Eesti_Vabariigi_Tartu_Ulikool, lk 279
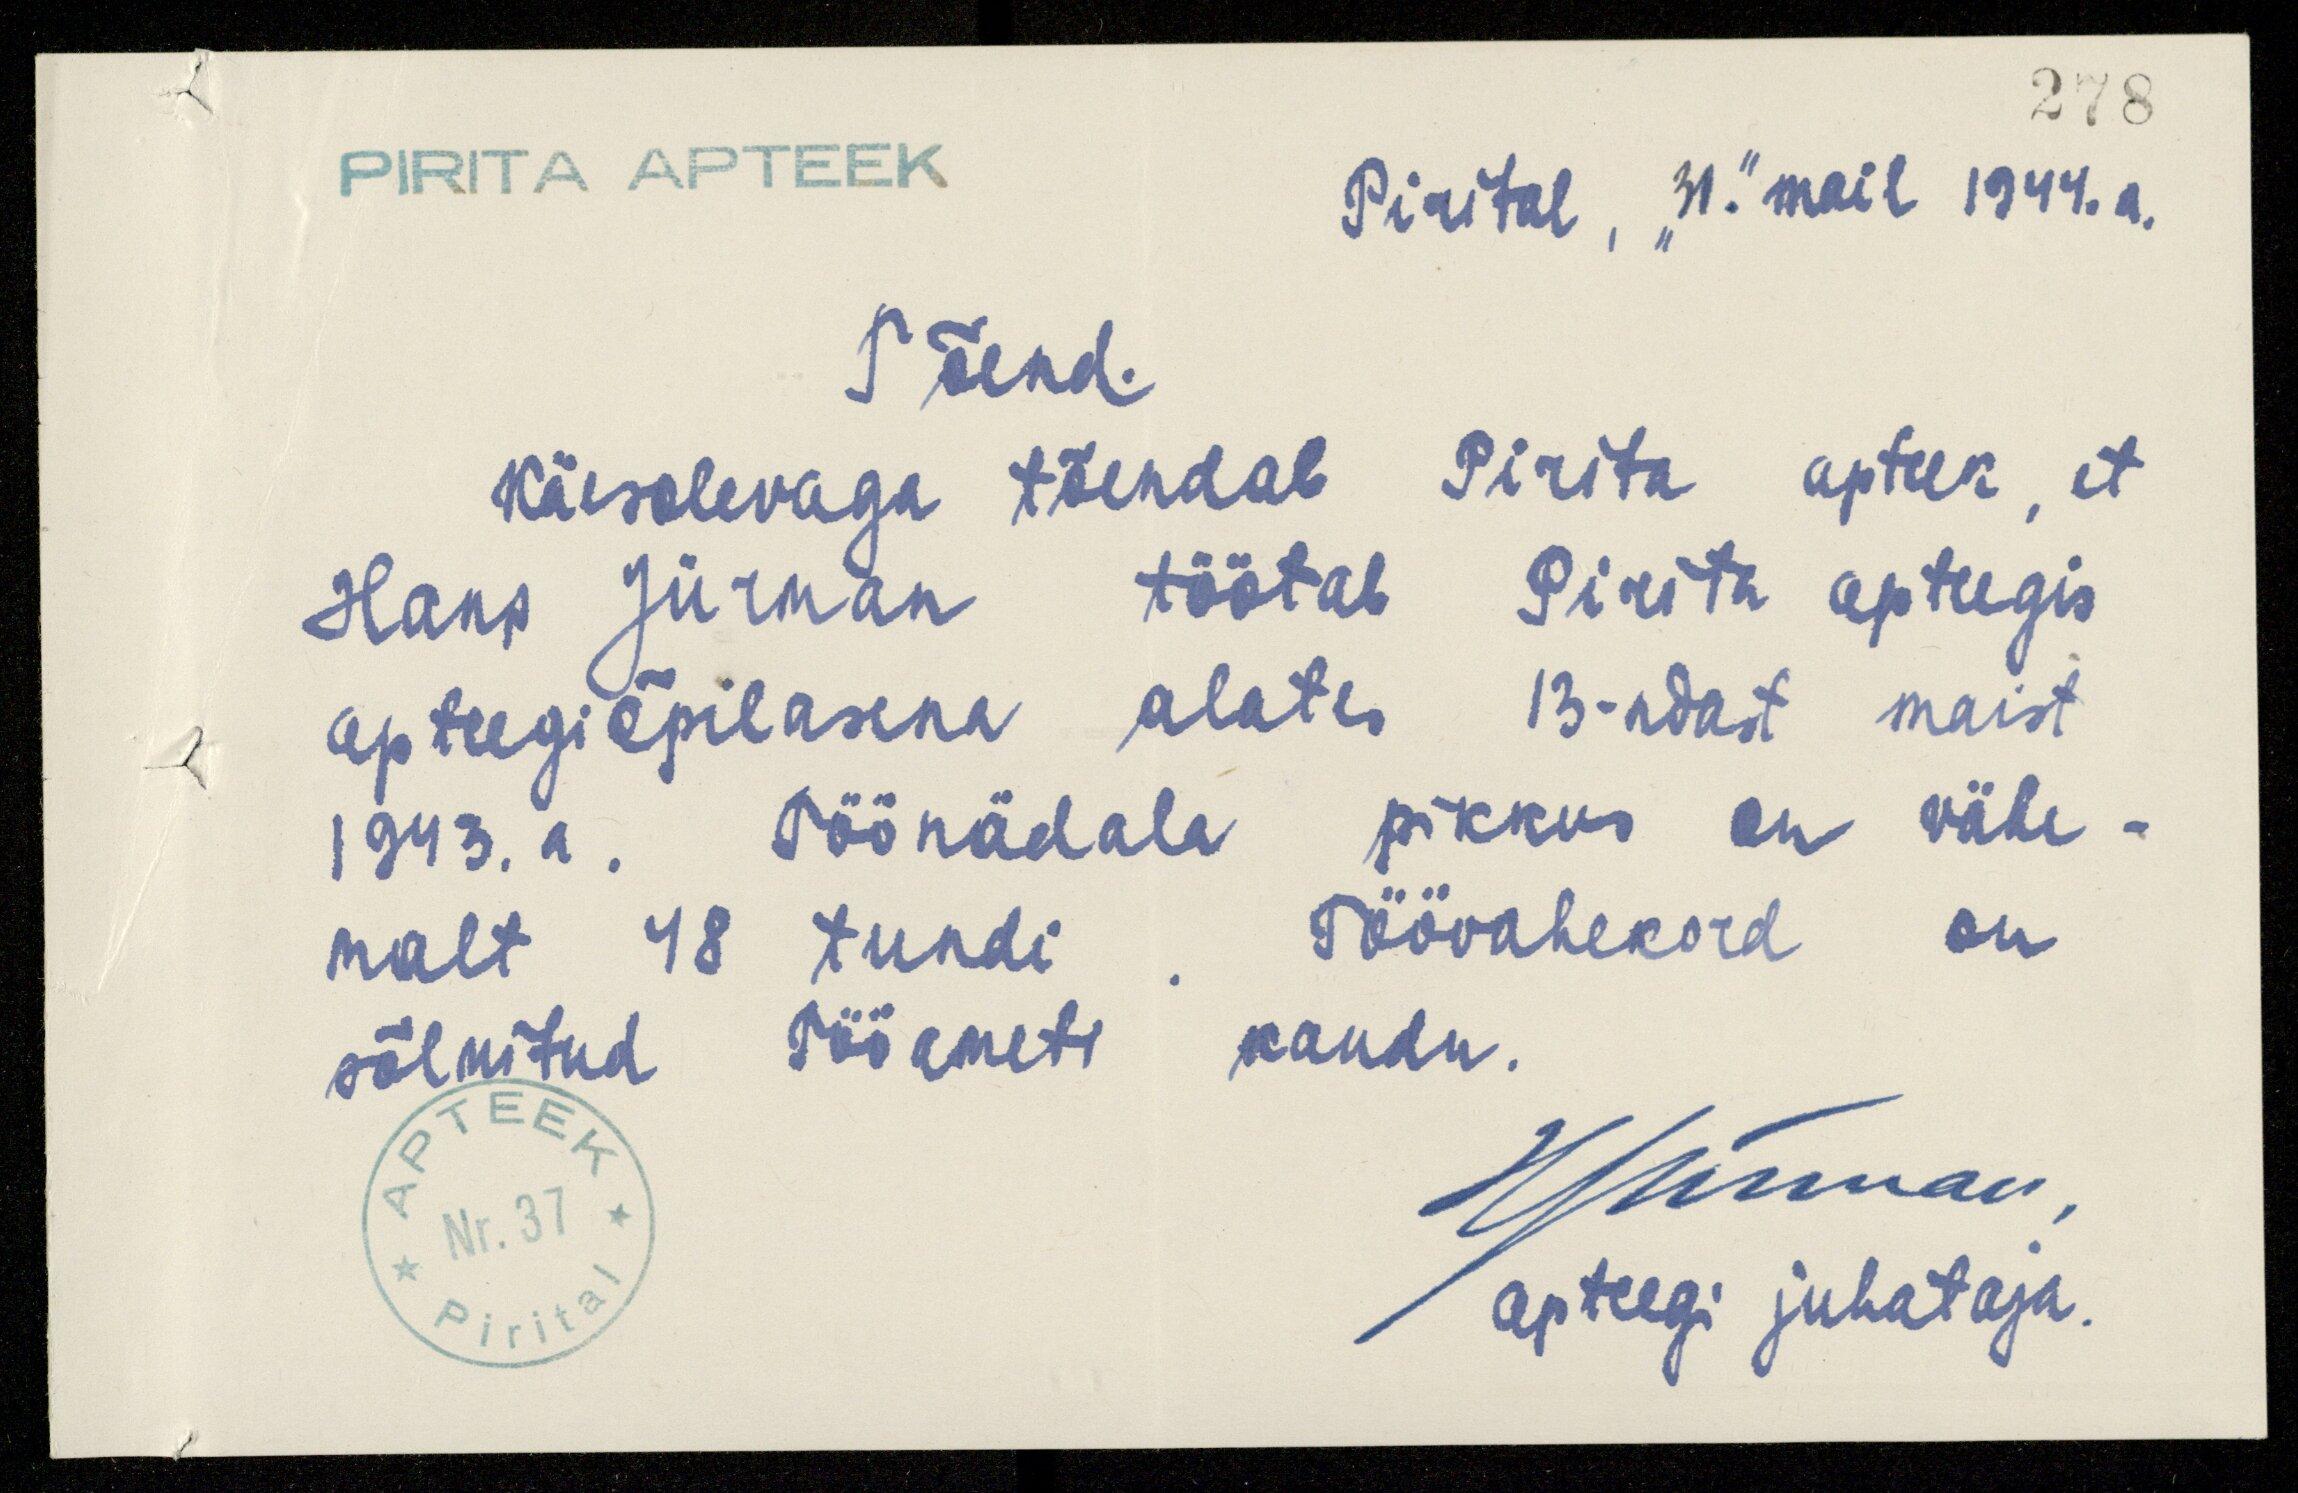
278
PIRITA APTEEK
Pirital, "31." mail 1944. a.
Tõend.
Käesolevaga tõendab Pirita apteek, et
Hans Jürman töötab Pirita apteegis
apteegiõpilasena alates 13-ndast maist
1943. a. Töönädala pikkus on vähe-
malt 48 tundi. Töövahekord on
sõlmitud Tööameti kaudu.
H. Jürman,
apteegi juhataja.